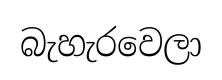
බැහැරවෙලා